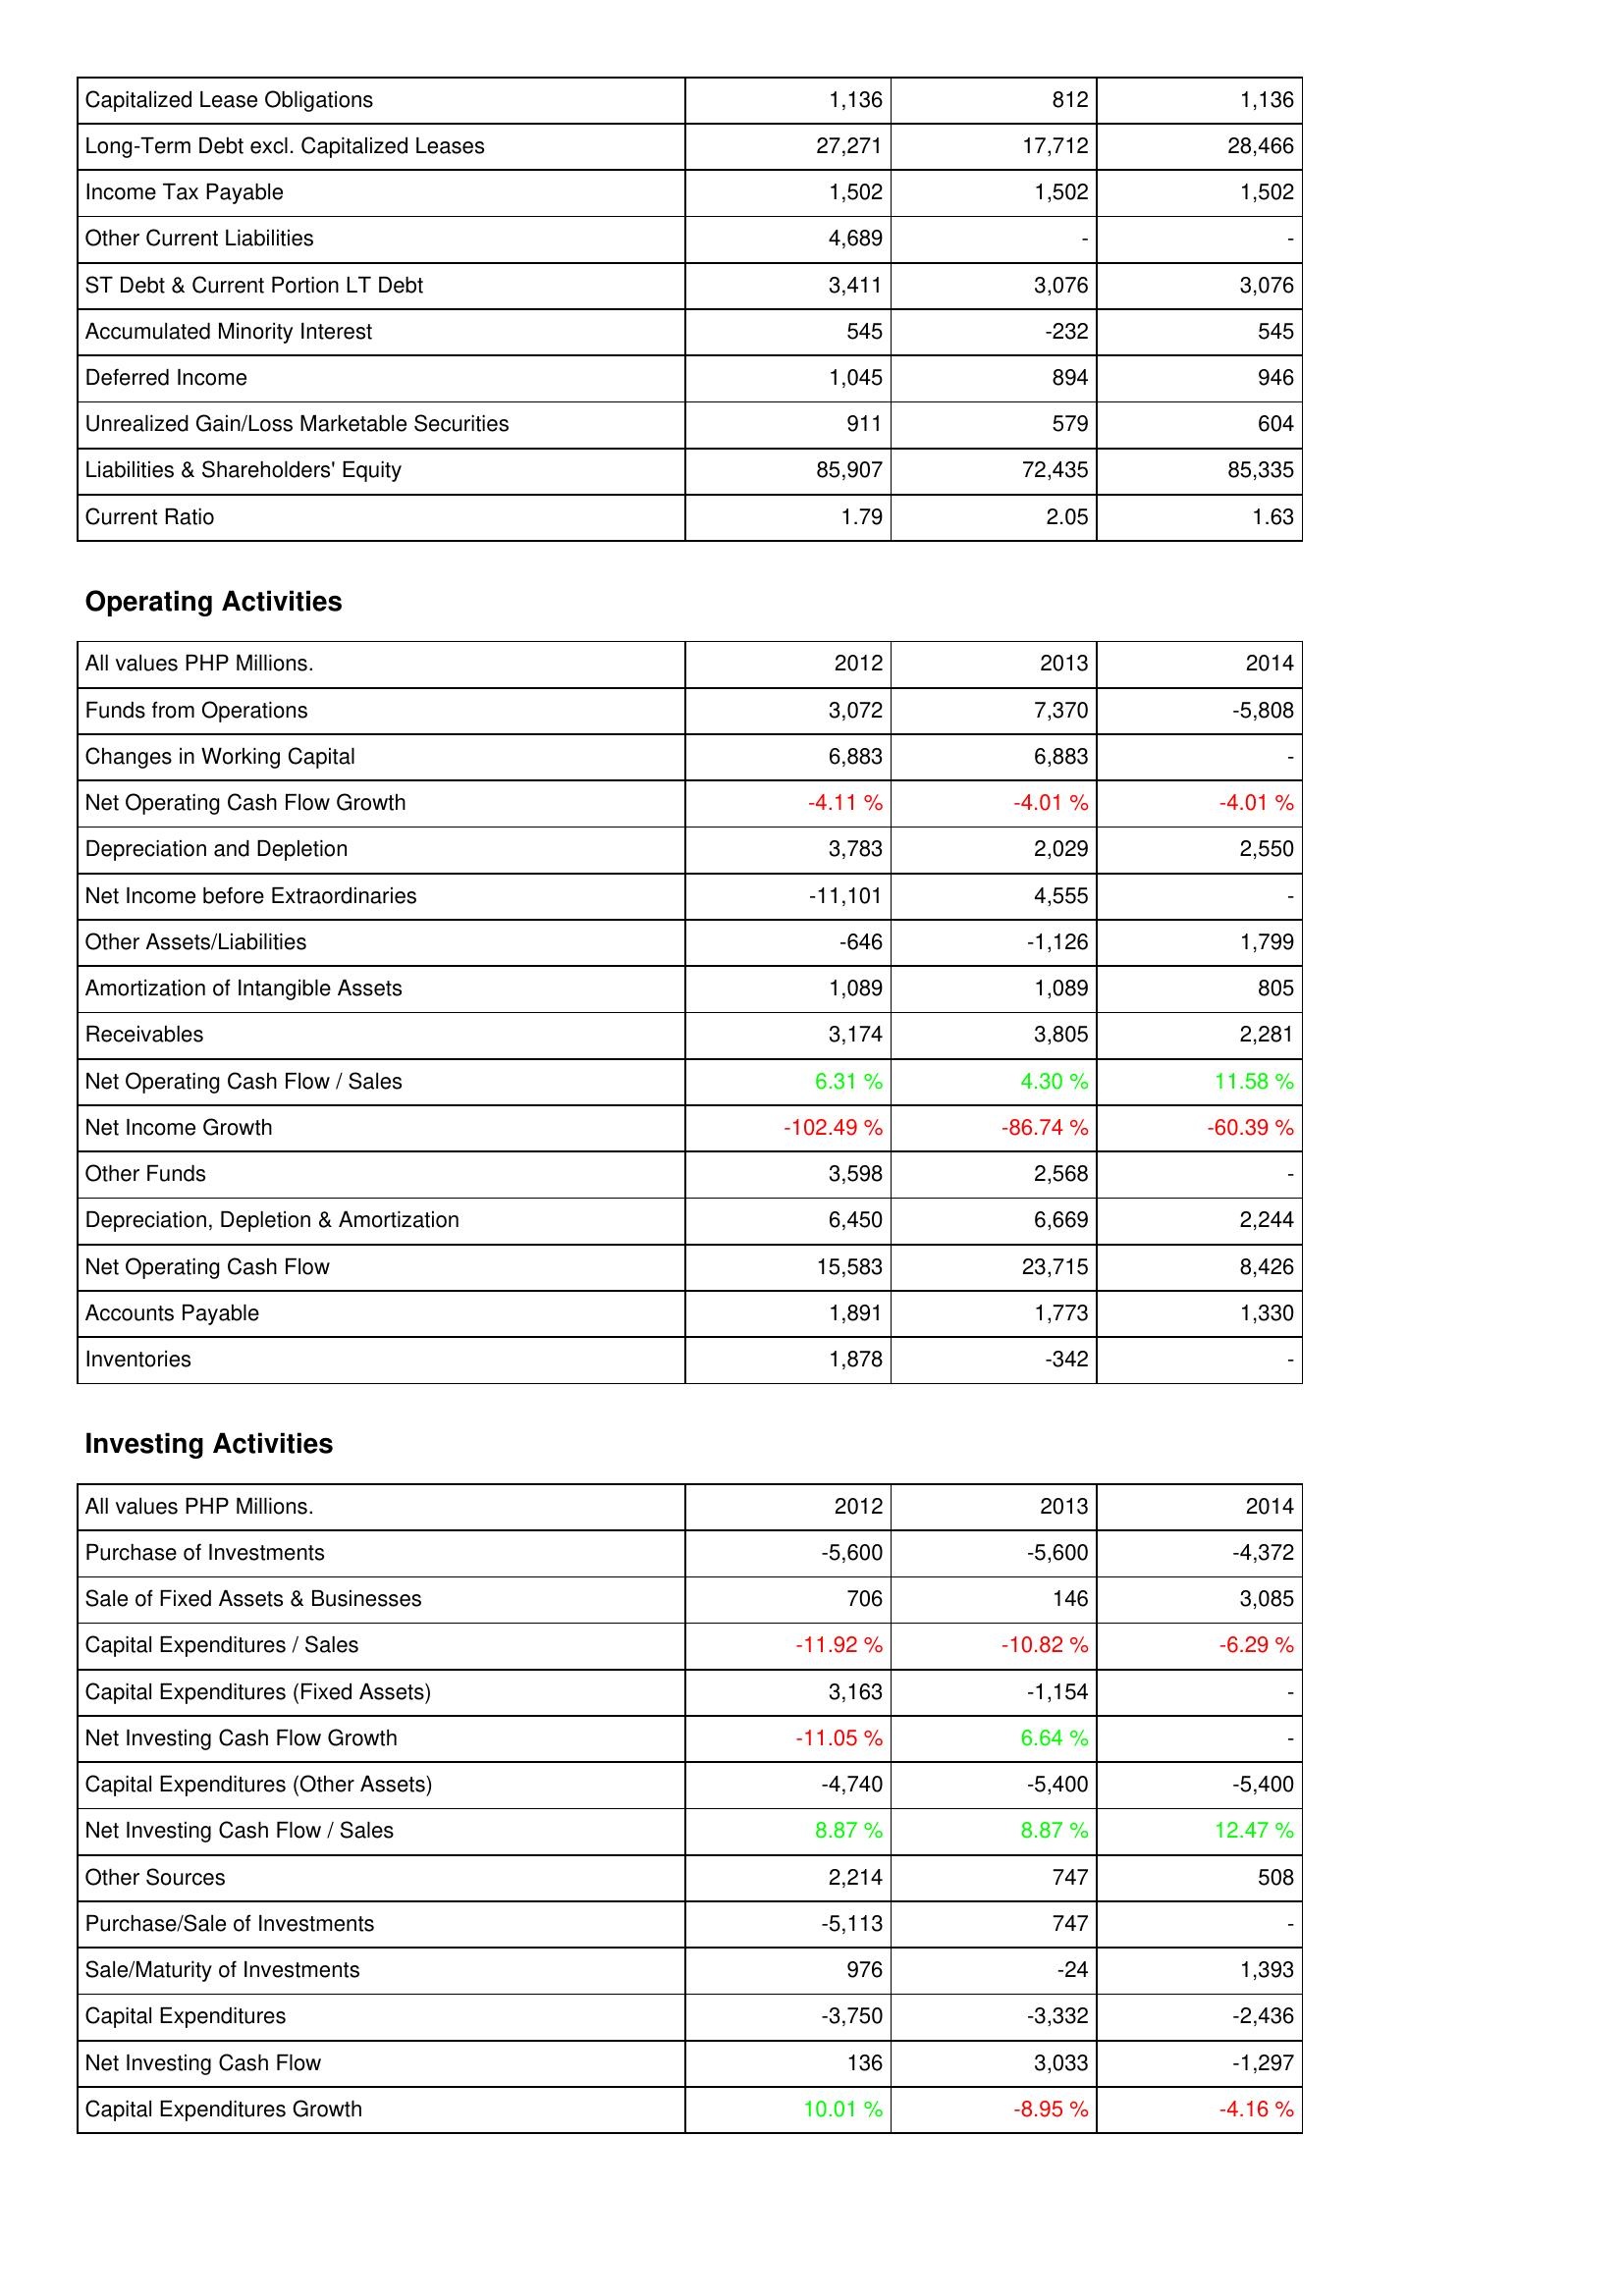
2012: Liabilities & Shareholders' Equity: Capitalized Lease Obligations: 1,136
Long-Term Debt excl. Capitalized Leases: 27,271
Income Tax Payable: 1,502
Other Current Liabilities: 4,689
ST Debt & Current Portion LT Debt: 3,411
Accumulated Minority Interest: 545
Deferred Income: 1,045
Unrealized Gain/Loss Marketable Securities: 911
Liabilities & Shareholders' Equity: 85,907
Current Ratio: 1.79
Operating Activities: Funds from Operations: 3,072
Changes in Working Capital: 6,883
Net Operating Cash Flow Growth: -4.11 %
Depreciation and Depletion: 3,783
Net Income before Extraordinaries: -11,101
Other Assets/Liabilities: -646
Amortization of Intangible Assets: 1,089
Receivables: 3,174
Net Operating Cash Flow / Sales: 6.31 %
Net Income Growth: -102.49 %
Other Funds: 3,598
Depreciation, Depletion & Amortization: 6,450
Net Operating Cash Flow: 15,583
Accounts Payable: 1,891
Inventories: 1,878
Investing Activities: Purchase of Investments: -5,600
Sale of Fixed Assets & Businesses: 706
Capital Expenditures / Sales: -11.92 %
Capital Expenditures (Fixed Assets): 3,163
Net Investing Cash Flow Growth: -11.05 %
Capital Expenditures (Other Assets): -4,740
Net Investing Cash Flow / Sales: 8.87 %
Other Sources: 2,214
Purchase/Sale of Investments: -5,113
Sale/Maturity of Investments: 976
Capital Expenditures: -3,750
Net Investing Cash Flow: 136
Capital Expenditures Growth: 10.01 %
2013: Liabilities & Shareholders' Equity: Capitalized Lease Obligations: 812
Long-Term Debt excl. Capitalized Leases: 17,712
Income Tax Payable: 1,502
Other Current Liabilities: -
ST Debt & Current Portion LT Debt: 3,076
Accumulated Minority Interest: -232
Deferred Income: 894
Unrealized Gain/Loss Marketable Securities: 579
Liabilities & Shareholders' Equity: 72,435
Current Ratio: 2.05
Operating Activities: Funds from Operations: 7,370
Changes in Working Capital: 6,883
Net Operating Cash Flow Growth: -4.01 %
Depreciation and Depletion: 2,029
Net Income before Extraordinaries: 4,555
Other Assets/Liabilities: -1,126
Amortization of Intangible Assets: 1,089
Receivables: 3,805
Net Operating Cash Flow / Sales: 4.30 %
Net Income Growth: -86.74 %
Other Funds: 2,568
Depreciation, Depletion & Amortization: 6,669
Net Operating Cash Flow: 23,715
Accounts Payable: 1,773
Inventories: -342
Investing Activities: Purchase of Investments: -5,600
Sale of Fixed Assets & Businesses: 146
Capital Expenditures / Sales: -10.82 %
Capital Expenditures (Fixed Assets): -1,154
Net Investing Cash Flow Growth: 6.64 %
Capital Expenditures (Other Assets): -5,400
Net Investing Cash Flow / Sales: 8.87 %
Other Sources: 747
Purchase/Sale of Investments: 747
Sale/Maturity of Investments: -24
Capital Expenditures: -3,332
Net Investing Cash Flow: 3,033
Capital Expenditures Growth: -8.95 %
2014: Liabilities & Shareholders' Equity: Capitalized Lease Obligations: 1,136
Long-Term Debt excl. Capitalized Leases: 28,466
Income Tax Payable: 1,502
Other Current Liabilities: -
ST Debt & Current Portion LT Debt: 3,076
Accumulated Minority Interest: 545
Deferred Income: 946
Unrealized Gain/Loss Marketable Securities: 604
Liabilities & Shareholders' Equity: 85,335
Current Ratio: 1.63
Operating Activities: Funds from Operations: -5,808
Changes in Working Capital: -
Net Operating Cash Flow Growth: -4.01 %
Depreciation and Depletion: 2,550
Net Income before Extraordinaries: -
Other Assets/Liabilities: 1,799
Amortization of Intangible Assets: 805
Receivables: 2,281
Net Operating Cash Flow / Sales: 11.58 %
Net Income Growth: -60.39 %
Other Funds: -
Depreciation, Depletion & Amortization: 2,244
Net Operating Cash Flow: 8,426
Accounts Payable: 1,330
Inventories: -
Investing Activities: Purchase of Investments: -4,372
Sale of Fixed Assets & Businesses: 3,085
Capital Expenditures / Sales: -6.29 %
Capital Expenditures (Fixed Assets): -
Net Investing Cash Flow Growth: -
Capital Expenditures (Other Assets): -5,400
Net Investing Cash Flow / Sales: 12.47 %
Other Sources: 508
Purchase/Sale of Investments: -
Sale/Maturity of Investments: 1,393
Capital Expenditures: -2,436
Net Investing Cash Flow: -1,297
Capital Expenditures Growth: -4.16 %